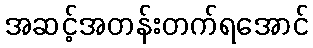
အဆင့်အတန်းတက်ရအောင်